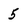
Character: 5